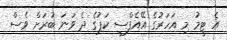
އެ ޓީމު މި އަހަރުގެ އޭއެފްސީ ކަޕުގެ ދެ ވަނަ ބުރަށް ވެސް